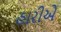
હારીએ